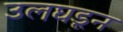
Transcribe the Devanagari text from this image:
उलघडून